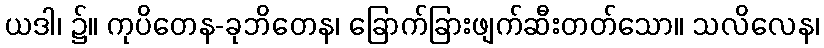
ယဒါ၊ ၌။ ကုပိတေန-ခုဘိတေန၊ ခြောက်ခြားဖျက်ဆီးတတ်သော။ သလိလေန၊